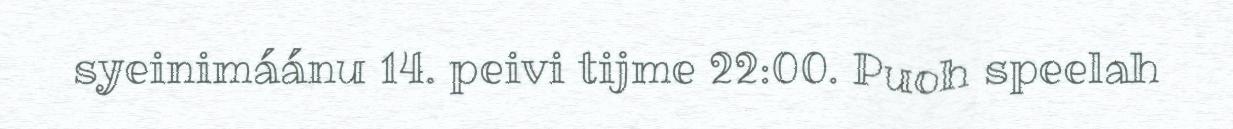
syeinimáánu 14. peivi tijme 22:00. Puoh speelah